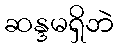
ဆန္ဒမရှိဘဲ